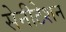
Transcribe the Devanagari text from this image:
सेनीटेशन